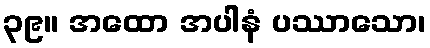
၃၉။ အထော အပါနံ ပဿာသော၊